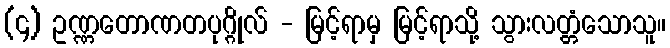
(၄) ဥဏ္ဏတောဏတပုဂ္ဂိုလ် - မြင့်ရာမှ မြင့်ရာသို့ သွားလတ္တံသောသူ။